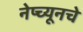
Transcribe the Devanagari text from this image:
नेप्च्यूनचे